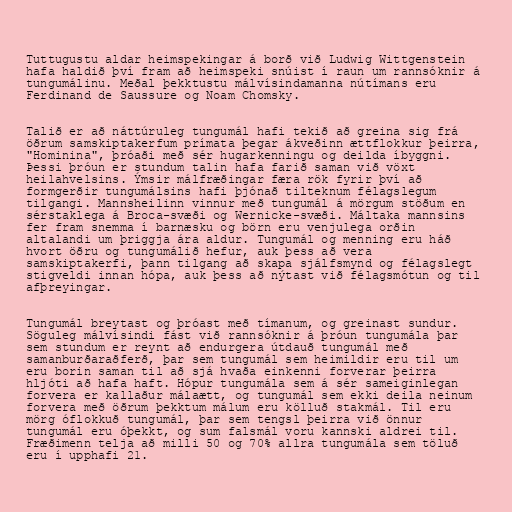
Tuttugustu aldar heimspekingar á borð við Ludwig Wittgenstein
hafa haldið því fram að heimspeki snúist í raun um rannsóknir á
tungumálinu. Meðal þekktustu málvísindamanna nútímans eru
Ferdinand de Saussure og Noam Chomsky.

Talið er að náttúruleg tungumál hafi tekið að greina sig frá
öðrum samskiptakerfum prímata þegar ákveðinn ættflokkur þeirra,
"Hominina", þróaði með sér hugarkenningu og deilda íbyggni.
Þessi þróun er stundum talin hafa farið saman við vöxt
heilahvelsins. Ýmsir málfræðingar færa rök fyrir því að
formgerðir tungumálsins hafi þjónað tilteknum félagslegum
tilgangi. Mannsheilinn vinnur með tungumál á mörgum stöðum en
sérstaklega á Broca-svæði og Wernicke-svæði. Máltaka mannsins
fer fram snemma í barnæsku og börn eru venjulega orðin
altalandi um þriggja ára aldur. Tungumál og menning eru háð
hvort öðru og tungumálið hefur, auk þess að vera
samskiptakerfi, þann tilgang að skapa sjálfsmynd og félagslegt
stigveldi innan hópa, auk þess að nýtast við félagsmótun og til
afþreyingar.

Tungumál breytast og þróast með tímanum, og greinast sundur.
Söguleg málvísindi fást við rannsóknir á þróun tungumála þar
sem stundum er reynt að endurgera útdauð tungumál með
samanburðaraðferð, þar sem tungumál sem heimildir eru til um
eru borin saman til að sjá hvaða einkenni forverar þeirra
hljóti að hafa haft. Hópur tungumála sem á sér sameiginlegan
forvera er kallaður málaætt, og tungumál sem ekki deila neinum
forvera með öðrum þekktum málum eru kölluð stakmál. Til eru
mörg óflokkuð tungumál, þar sem tengsl þeirra við önnur
tungumál eru óþekkt, og sum falsmál voru kannski aldrei til.
Fræðimenn telja að milli 50 og 70% allra tungumála sem töluð
eru í upphafi 21.